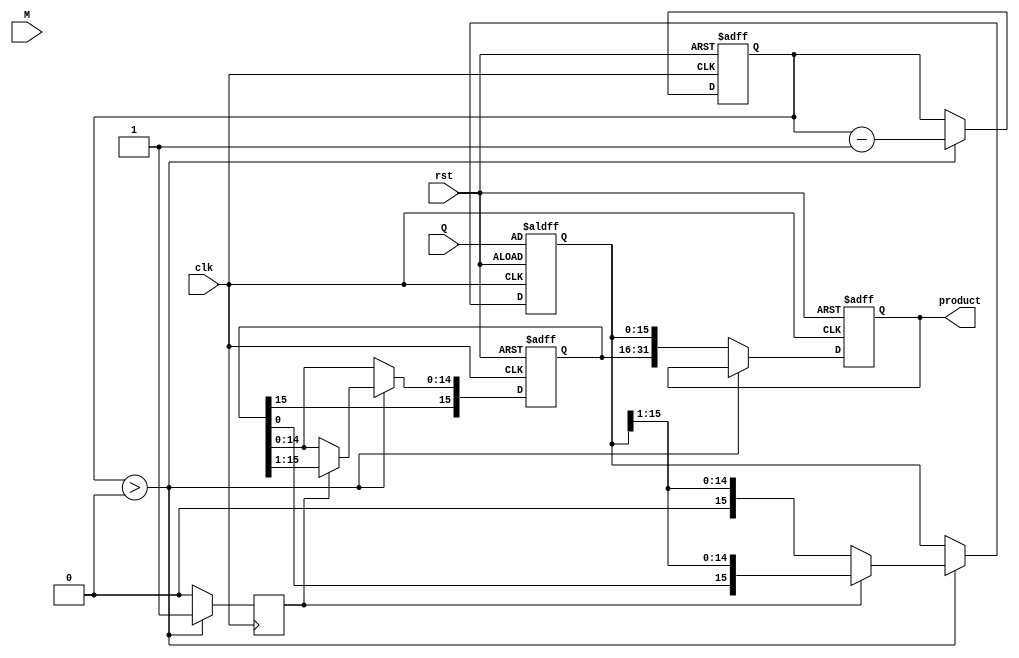
module modified_booth_multiplier (
    input wire clk,
    input wire rst,
    input wire [15:0] M, // Multiplicand
    input wire [15:0] Q, // Multiplier
    output reg [31:0] product // Final product
);

    reg [15:0] A; // Accumulator
    reg [15:0] Q_reg; // Multiplier register
    reg [15:0] Q_minus_1; // Previous bit of Q
    reg [4:0] count; // Counter for iterations

    // Control signals
    reg add_sub; // 1 for add, 0 for subtract
    reg shift; // Shift control

    // State machine for Modified Booth multiplication
    always @(posedge clk or posedge rst) begin
        if (rst) begin
            A <= 16'b0;
            Q_reg <= Q;
            Q_minus_1 <= 1'b0; // Initialize Q-1 to 0
            product <= 32'b0;
            count <= 5'd16; // Number of bits in multiplier
        end else if (count > 0) begin
            case ({Q_reg[0], Q_minus_1})
                2'b00: begin
                    // No operation
                    add_sub <= 1'b0;
                end
                2'b01: begin
                    // Add multiplicand to accumulator
                    A <= A + M;
                    add_sub <= 1'b1;
                end
                2'b10: begin
                    // Subtract multiplicand from accumulator
                    A <= A - M;
                    add_sub <= 1'b0;
                end
                2'b11: begin
                    // No operation
                    add_sub <= 1'b0;
                end
            endcase

            // Shift operation
            if (shift) begin
                // Arithmetic right shift
                A <= {A[15], A[15:1]}; // Keep sign bit
                Q_reg <= {A[0], Q_reg[15:1]}; // Shift Q
            end else begin
                // Prepare for next iteration
                Q_minus_1 <= Q_reg[0]; // Update Q-1
                Q_reg <= Q_reg >> 1; // Shift Q
                A <= A; // Keep A unchanged for this cycle
            end

            // Decrement counter
            count <= count - 1;
        end else begin
            // Final product calculation
            product <= {A, Q_reg}; // Combine A and Q_reg for final product
        end
    end

    // Control logic for shifting
    always @(posedge clk) begin
        if (count > 0) begin
            shift <= 1'b1; // Enable shift
        end else begin
            shift <= 1'b0; // Disable shift
        end
    end

endmodule